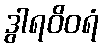
ဒွါရဝိဝရံ